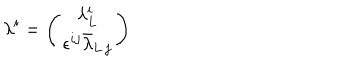
LaTeX: \lambda ^ { i } = \left( \begin{array} { c } { { \lambda _ { L } ^ { i } } } \\ { { \epsilon ^ { i j } \bar { \lambda } _ { L \, j } } } \\ \end{array} \right)